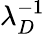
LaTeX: \lambda_{D}^{-1}